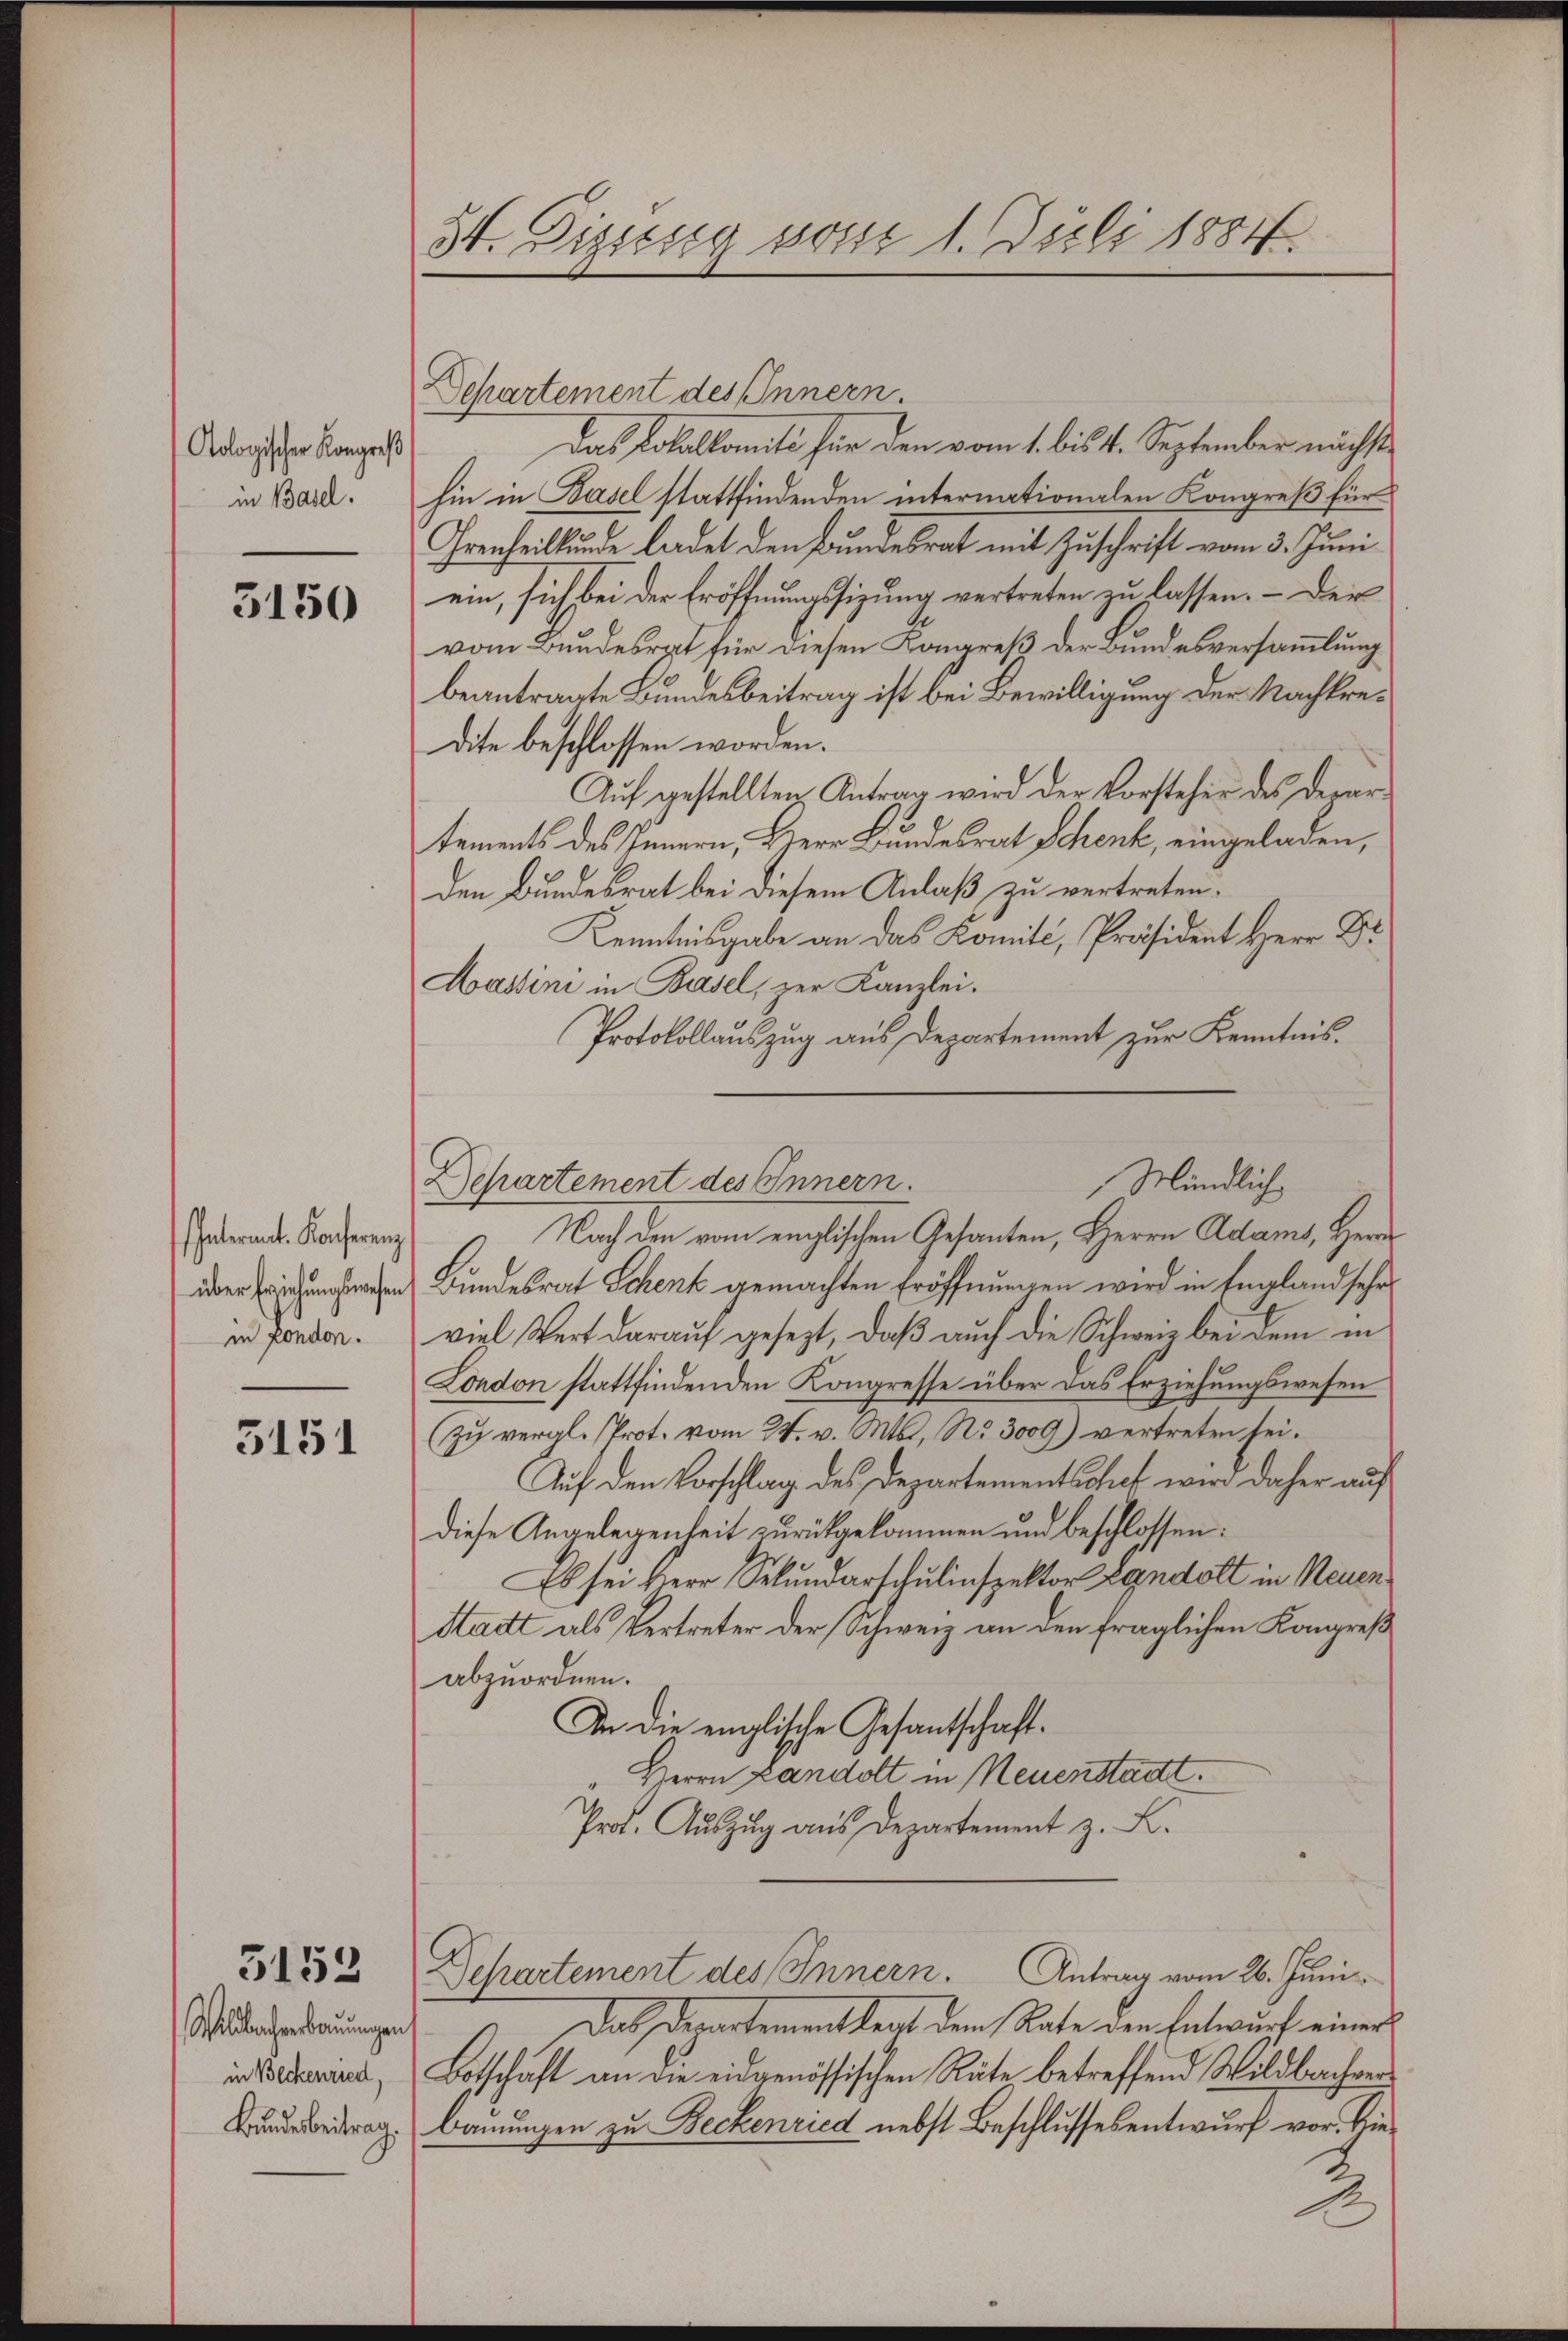
Aologischer Kongreß
in Basel.

3150

Intermit. Konferenz
über Erziehungswesen
in London.

3151

5153

Wildbacherbauungen
in Beckenried,
Bundesbeitrag.

St. Gizitsig vom 1. Juli 1884.

Departement des Innern.
Das Lokalkomite für den vom 1. bis 4. September nächst
hin in Basel stattfindenden internationalen Kongreß für
Irenheilkunde ladet den Bundesrat mit Zuschrift vom 3. Juni
ein, sich bei der Eröffnungssizung vertreten zu lassen. – Der
vom Bundesrat für diesen Kongreß der Bundesversammlung
beantragte Bundesbeitrag ist bei Bewilligung der Nachkredite beschlossen worden.
Aŭf gestellten Antrag wird der Vorsteher des Departements des Innern, Herr Bundesrat Schenk, eingelagen,
den Bundesrat bei diesem Anlaß zu vertreten.
Kenntnisgabe an das Komité, Präsident Herr Dr
Hassini in Basel, zur Kanzlei.
Protokollauszug aus Departement zur Kenntnis.
Departement des Innern.
Nach den vom englischen Gesanten, Herrn Adams, Herr
Bundesrat Schenk gemachten Eröffnungen wird in England sehr
viel Wert darauf gesezt, daß auch die Schweiz bei dem in
London stattfindenden Kongresse über das Erziehungswesen
zŭ vergl. Prot. vom 24. v. Mts. No. 3009) vertreten sei.
Auf den Vorschlag des Departementschef wird daher auf
diese Angelegenheit zurückgekommen und beschlossen:
Es sei Herr Sekundarschulinspektor Landolt in Neuen
Stadt als Vertreter der Schweiz an den fraglichen Kongreß
abzuordnen.
In die einglische Gesantschaft.
Herrn Landolt in Neuenstadt.
Pro. Auszug aus Departement z. B.
Departement des Innern. Antrag vom 26. Juni
Das Departementkeit dem Rate den Entwurf einer
Botschäft an die eidgenössischen Räte betreffend Wildbachver¬
Bauungen zu Beckenried nebst Beschlussesentwurf vor. Hie¬

Mündlich

1